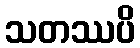
သတဿပိ